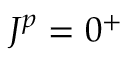
J ^ { p } = 0 ^ { + }